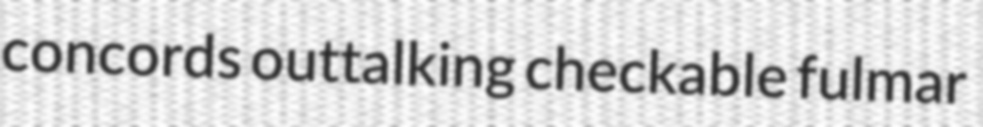
concords outtalking checkable fulmar